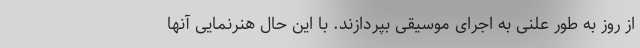
از روز به طور علنی به اجرای موسیقی بپردازند. با این حال هنرنمایی آنها